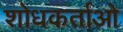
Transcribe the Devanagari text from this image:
शोधकर्ताओ